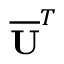
\overline { { \mathbf { U } } } ^ { T }